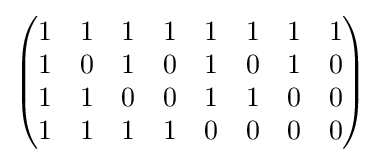
{\begin{pmatrix}1&1&1&1&1&1&1&1\\1&0&1&0&1&0&1&0\\1&1&0&0&1&1&0&0\\1&1&1&1&0&0&0&0\end{pmatrix}}